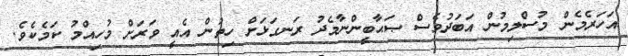
އަހަރެމެން މުސްލިމުން އަބަދުވެސް ޞަޙާބީންނާމެދު ރަނގަޅަށް ހިތުން އެއީ ވަރަށް މުހިއްމު ކަމެކެވެ.